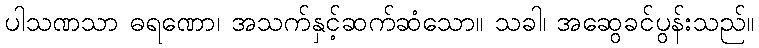
ပါသဏသာ ဓရဏော၊ အသက်နှင့်ဆက်ဆံသော။ သခါ၊ အဆွေခင်ပွန်းသည်။